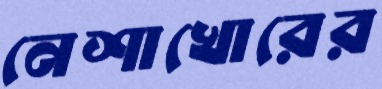
নেশাখোরের